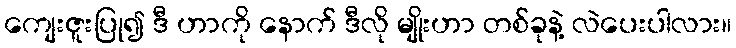
ကျေးဇူးပြု၍ ဒီ ဟာကို နောက် ဒီလို မျိုးဟာ တစ်ခုနဲ့ လဲပေးပါလား။